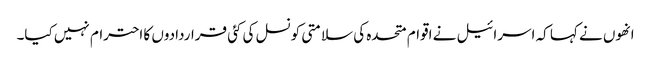
انھوں نے کہا کہ اسرائیل نے اقوام متحدہ کی سلامتی کونسل کی کئی قراردادوں کا احترام نہیں کیا۔